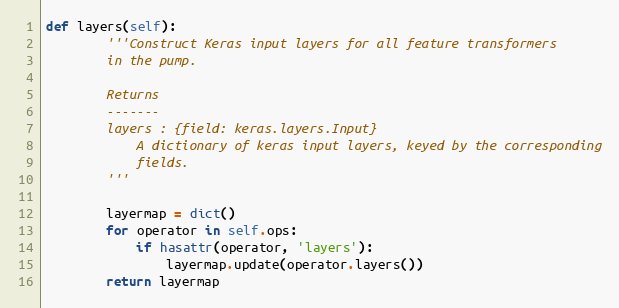
Language: Python
def layers(self):
        '''Construct Keras input layers for all feature transformers
        in the pump.

        Returns
        -------
        layers : {field: keras.layers.Input}
            A dictionary of keras input layers, keyed by the corresponding
            fields.
        '''

        layermap = dict()
        for operator in self.ops:
            if hasattr(operator, 'layers'):
                layermap.update(operator.layers())
        return layermap